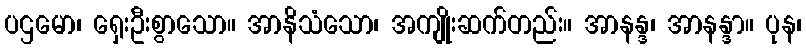
ပဌမော၊ ရှေးဦးစွာသော။ အာနိသံသော၊ အကျိုးဆက်တည်း။ အာနန္ဒ၊ အာနန္ဒာ။ ပုန၊